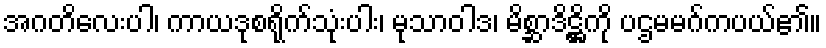
အဂတိလေးပါ၊ ကာယဒုစရိုက်သုံးပါး၊ မုသာဝါဒ၊ မိစ္ဆာဒိဋ္ဌိကို ပဌမမဂ်ကပယ်၏။